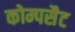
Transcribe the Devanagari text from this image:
कोम्पसैट